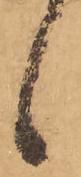
候